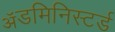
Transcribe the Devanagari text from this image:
ॲडमिनिस्टर्ड